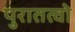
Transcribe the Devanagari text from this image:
पुरातत्वो